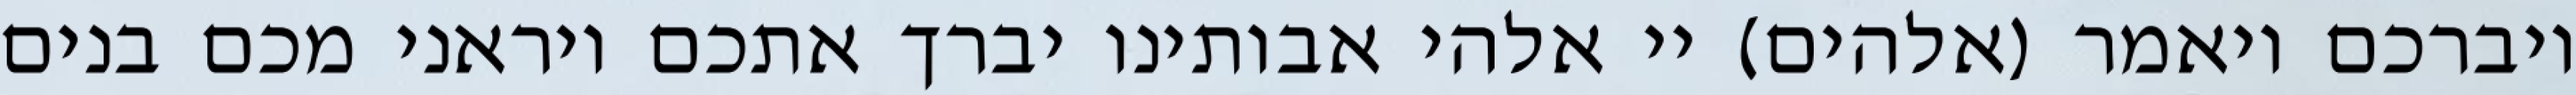
ויברכם ויאמר (אלהים) יי אלהי אבותינו יברך אתכם ויראני מכם בנים